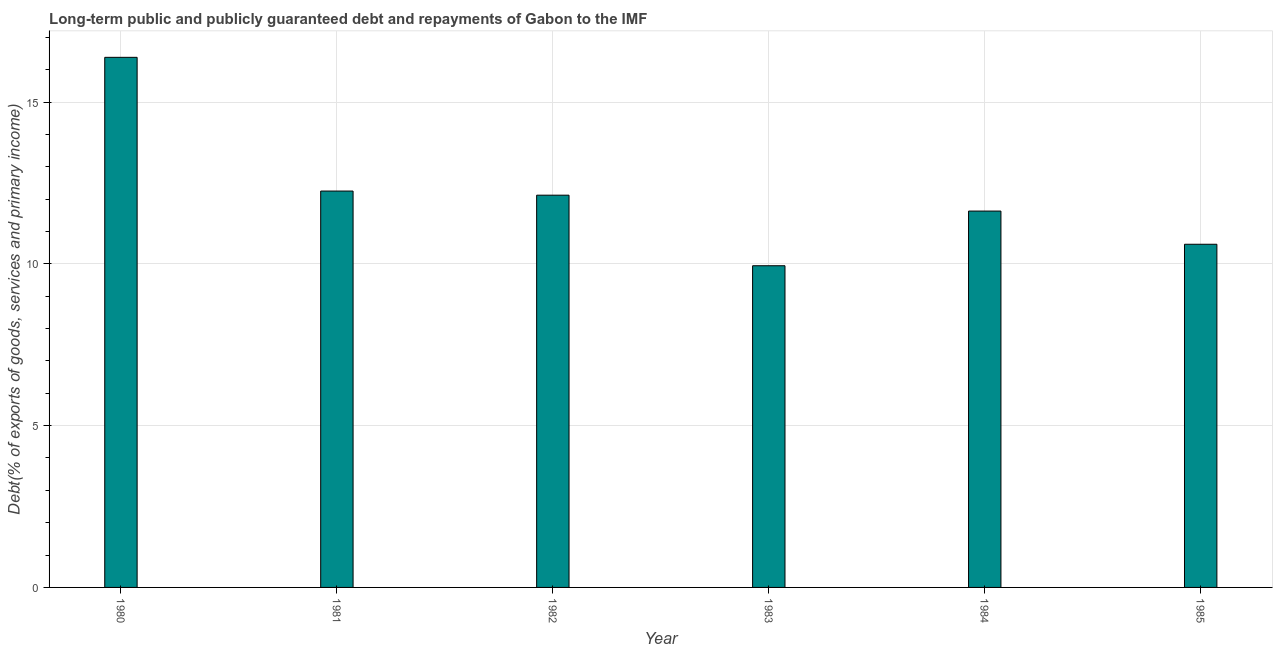
| Year | Debt service (PPG and IMF only) |
 | --- | --- |
 | 1980 | 16.4 |
 | 1981 | 12.2 |
 | 1982 | 12.1 |
 | 1983 | 9.94 |
 | 1984 | 11.6 |
 | 1985 | 10.6 |